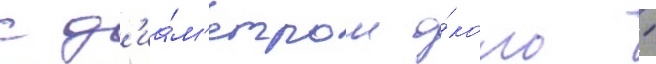
с д'иа́м'етром о́коло 1